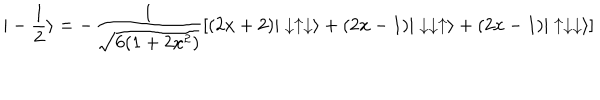
LaTeX: | - \frac { 1 } { 2 } \rangle = - \frac { 1 } { \sqrt { 6 ( 1 + 2 x ^ { 2 } ) } } [ ( 2 x + 2 ) | \downarrow \uparrow \downarrow \rangle + ( 2 x - 1 ) | \downarrow \downarrow \uparrow \rangle + ( 2 x - 1 ) | \uparrow \downarrow \downarrow \rangle ]